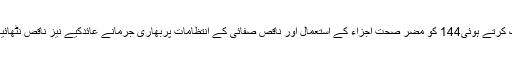
صوبہ بھر میں 441سویٹس پروڈکشن یونٹس کی چیکنگ کرتے ہوئی144 کو مضر صحت اجزاء کے استعمال اور ناقص صفائی کے انتظامات پربھاری جرمانے عائدکیے نیز ناقص نٹھائیاںتلف کرتے ہوئے 255 کو وارننگ نوٹسز جاری کیے۔